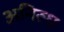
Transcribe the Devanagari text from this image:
अनिरुध